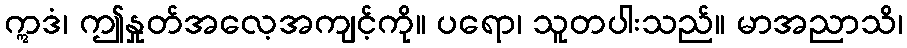
ဣဒံ၊ ဤနှုတ်အလေ့အကျင့်ကို။ ပရော၊ သူတပါးသည်။ မာအညာသိ၊